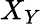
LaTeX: X_{Y}